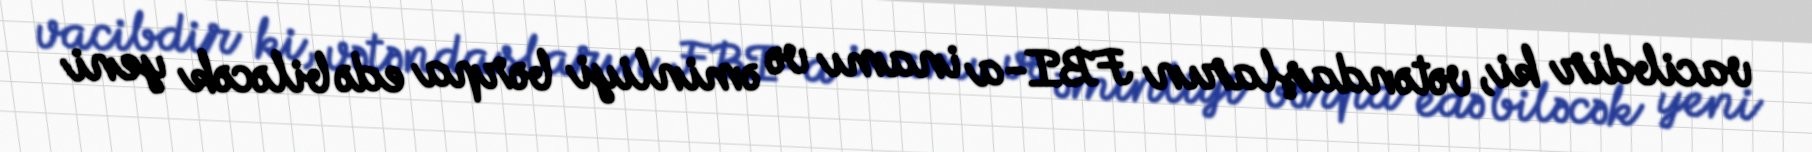
vacibdir ki, vətəndaşların FBI-a inamı və əminliyi bərpa edə biləcək yeni